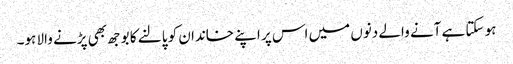
ہو سکتا ہے آنے والے دنوں میں اس پر اپنے خاندان کو پالنے کا بوجھ بھی پڑنے والا ہو۔